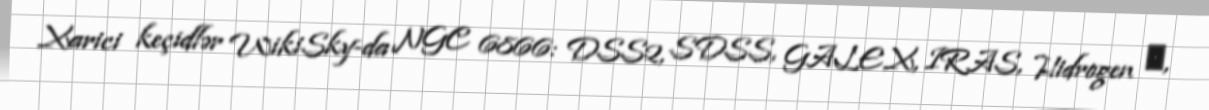
Xarici keçidlər WikiSky-da NGC 6866: DSS2, SDSS, GALEX, IRAS, Hidrogen α,